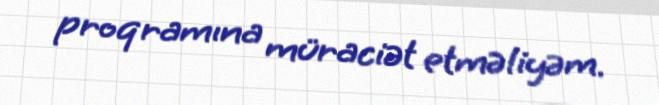
proqramına müraciət etməliyəm.